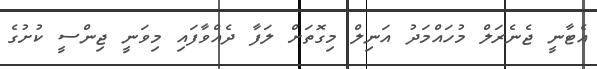
އެޓާނީ ޖެނެރަލް މުހައްމަދު އަނިލް މިގޮތަށް ލަފާ ދެއްވާފައި މިވަނީ ޖިންސީ ކުށުގެ